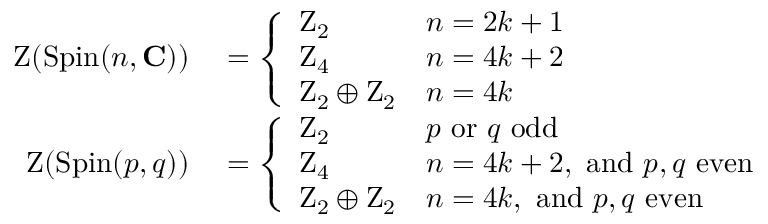
\begin{array} { r l } { \operatorname { Z } ( \operatorname { S p i n } ( n , \mathbf { C } ) ) } & { { } = { \left\{ \begin{array} { l l } { \mathrm { Z } _ { 2 } } & { n = 2 k + 1 } \\ { \mathrm { Z } _ { 4 } } & { n = 4 k + 2 } \\ { \mathrm { Z } _ { 2 } \oplus \mathrm { Z } _ { 2 } } & { n = 4 k } \end{array} \right. } } \\ { \operatorname { Z } ( \operatorname { S p i n } ( p , q ) ) } & { { } = { \left\{ \begin{array} { l l } { \mathrm { Z } _ { 2 } } & { p { \mathrm { ~ o r ~ } } q { \mathrm { ~ o d d } } } \\ { \mathrm { Z } _ { 4 } } & { n = 4 k + 2 , { \mathrm { ~ a n d ~ } } p , q { \mathrm { ~ e v e n } } } \\ { \mathrm { Z } _ { 2 } \oplus \mathrm { Z } _ { 2 } } & { n = 4 k , { \mathrm { ~ a n d ~ } } p , q { \mathrm { ~ e v e n } } } \end{array} \right. } } \end{array}